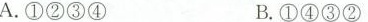
A.①②③④ B.①④③②